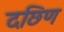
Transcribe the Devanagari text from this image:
दछिण